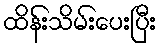
ထိန်းသိမ်းပေးပြီး